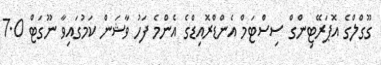
ގޫގްލްގެ އޮޕަރޭޓިންގް ސިސްޓަމް އެންޑްރޮއިޑްގެ އެންމެ ފަހު ވާޝަން ކަމުގައިވާ ނޫގަޓް 7.0